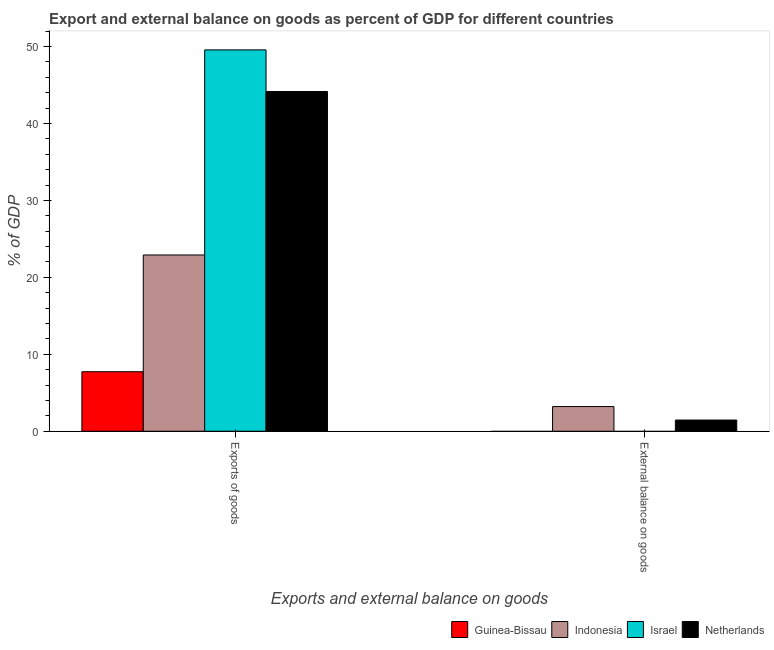
| Exports and external balance on goods | Guinea-Bissau | Indonesia | Israel | Netherlands |
 | --- | --- | --- | --- | --- |
 | Exports of goods | 7.73 | 22.9 | 49.6 | 44.2 |
 | External balance on goods | -28.3 | 3.21 | -26.4 | 1.45 |